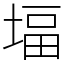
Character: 堛